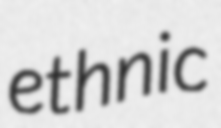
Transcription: ethnic